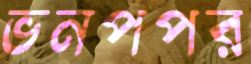
ভনপপর